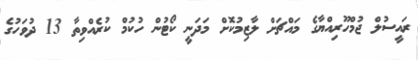
ރައީސުލް ޖުމްހޫރިއްޔާގެ މައްޗަށް ލާޒިމުކޮށް މަދަނީ ކޯޓުން ހުކުމް ކުރެއްވިތާ 13 ދުވަހުގެ